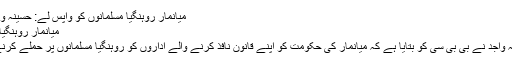
میانمار روہنگیا مسلمانوں کو واپس لے: حسینہ واجد – BBC URDU – AAJTV
میانمار روہنگیا مسلمانوں کو واپس لے: حسینہ واجد
بنگلہ دیش کی وزیرِ اعظم شیخ حسینہ واجد نے بی بی سی کو بتایا ہے کہ میانمار کی حکومت کو اپنے قانون نافذ کرنے والے اداروں کو روہنگیا مسلمانوں پر حملے کرنے کی اجازت نہیں دینی چاہیے تھی۔